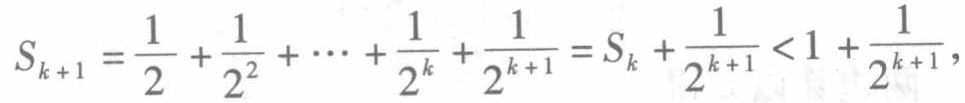
\[

S_{k + 1} = \frac{1}{2} + \frac{1}{2^{2}} + \cdots + \frac{1}{2^{k}} + \frac{1}{2^{k + 1}} = S_{k} + \frac{1}{2^{k + 1}} < 1 + \frac{1}{2^{k + 1}},

\]